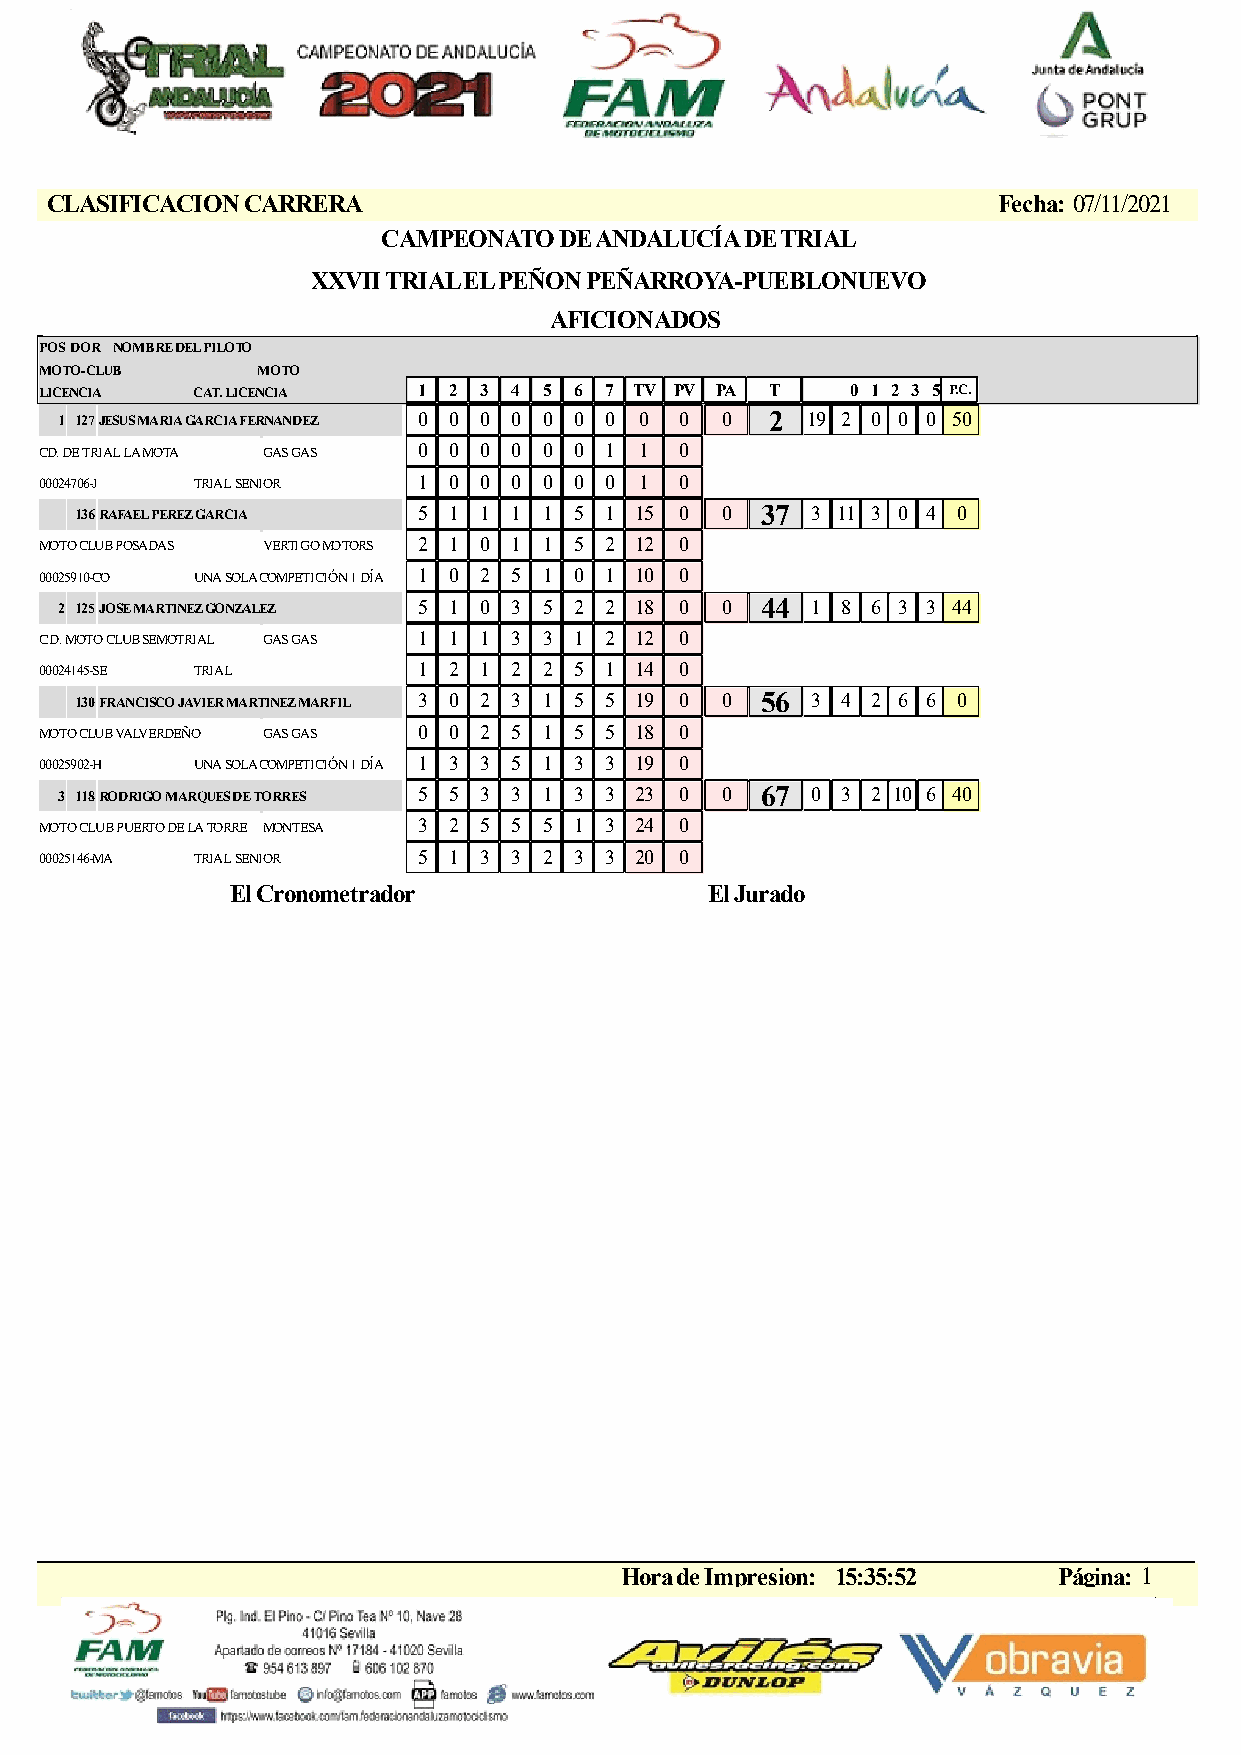
CLASIFICACION CARRERA                                          Fecha: 07/11/2021
 CAMPEONATO  DE ANDALUCÍA DE TRIAL
 XXVII TRIAL EL PEÑON PEÑARROYA-PUEBLONUEVO
 AFICIONADOS
 POSDOR NOMBRE DEL PILOTO
 MOTO-CLUB     MOTO
 LICENCIA  CAT. LICENCIA  1 2 3 4 5 6 7 TV PV PA T    0 1 2 3 5 P.C.
 1 127JESUS MARIA GARCIA FERNANDEZ 0 0 0 0 0 0 0 0 0 0 2 19 2 0 0 0 50
 CD. DE TRIAL LA MOTA GAS GAS 0 0 0 0 0 0 1 1 0
 00024706-J TRIAL SENIOR  1 0 0 0 0 0 0 1  0
 136RAFAEL PEREZ GARCIA 5 1 1 1 1 5 1 15 0  0 37  3 11 3 0 4 0
 MOTO CLUB POSADAS VERTIGO MOTORS 2 1 0 1 1 5 2 12 0
 00025910-CO UNA SOLA COMPETICIÓN 1 DÍA 1 0 2 5 1 0 1 10 0
 2 125JOSE MARTINEZ GONZALEZ 5 1 0 3 5 2 2 18 0 0 44 1 8 6 3 3 44
 C.D. MOTO CLUB SEMOTRIAL GAS GAS 1 1 1 3 3 1 2 12 0
 00024145-SE TRIAL        1 2 1 2 2 5 1 14 0
 130FRANCISCO JAVIER MARTINEZ MARFIL 3 0 2 3 1 5 5 19 0 0 56 3 4 2 6 6 0
 MOTO CLUB VALVERDEÑO GAS GAS 0 0 2 5 1 5 5 18 0
 00025902-H UNA SOLA COMPETICIÓN 1 DÍA 1 3 3 5 1 3 3 19 0
 3 118RODRIGO MARQUES DE TORRES 5 5 3 3 1 3 3 23 0 0 67 0 3 2 10 6 40
 MOTO CLUB PUERTO DE LA TORRE MONTESA 3 2 5 5 5 1 3 24 0
 00025146-MA TRIAL SENIOR 5 1 3 3 2 3 3 20 0
 El Cronometrador                El Jurado
 Hora de Impresion: 15:35:52  Página: 1